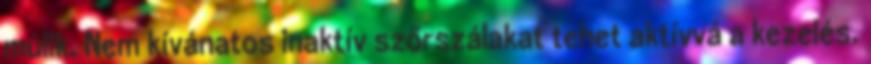
múlik. Nem kívánatos inaktív szőrszálakat tehet aktívvá a kezelés.